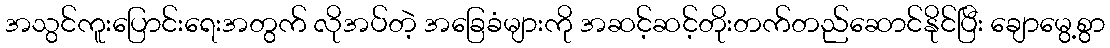
အသွင်ကူးပြောင်းရေးအတွက် လိုအပ်တဲ့ အခြေခံများကို အဆင့်ဆင့်တိုးတက်တည်ဆောင်နိုင်ပြီး ချောမွေ့စွာ